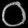
Digit: ၀